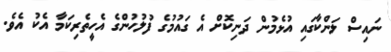
ނައިސް ލަންކާގައި އުޅެމުން ދަނިކޮށް އެ ގައުމުގެ ފުލުހުންގެ އެހީތެރިކަމާ އެކު އެވެ.